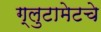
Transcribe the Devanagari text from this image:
ग्लुटामेटचे